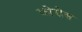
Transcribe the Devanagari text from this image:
कोरोस